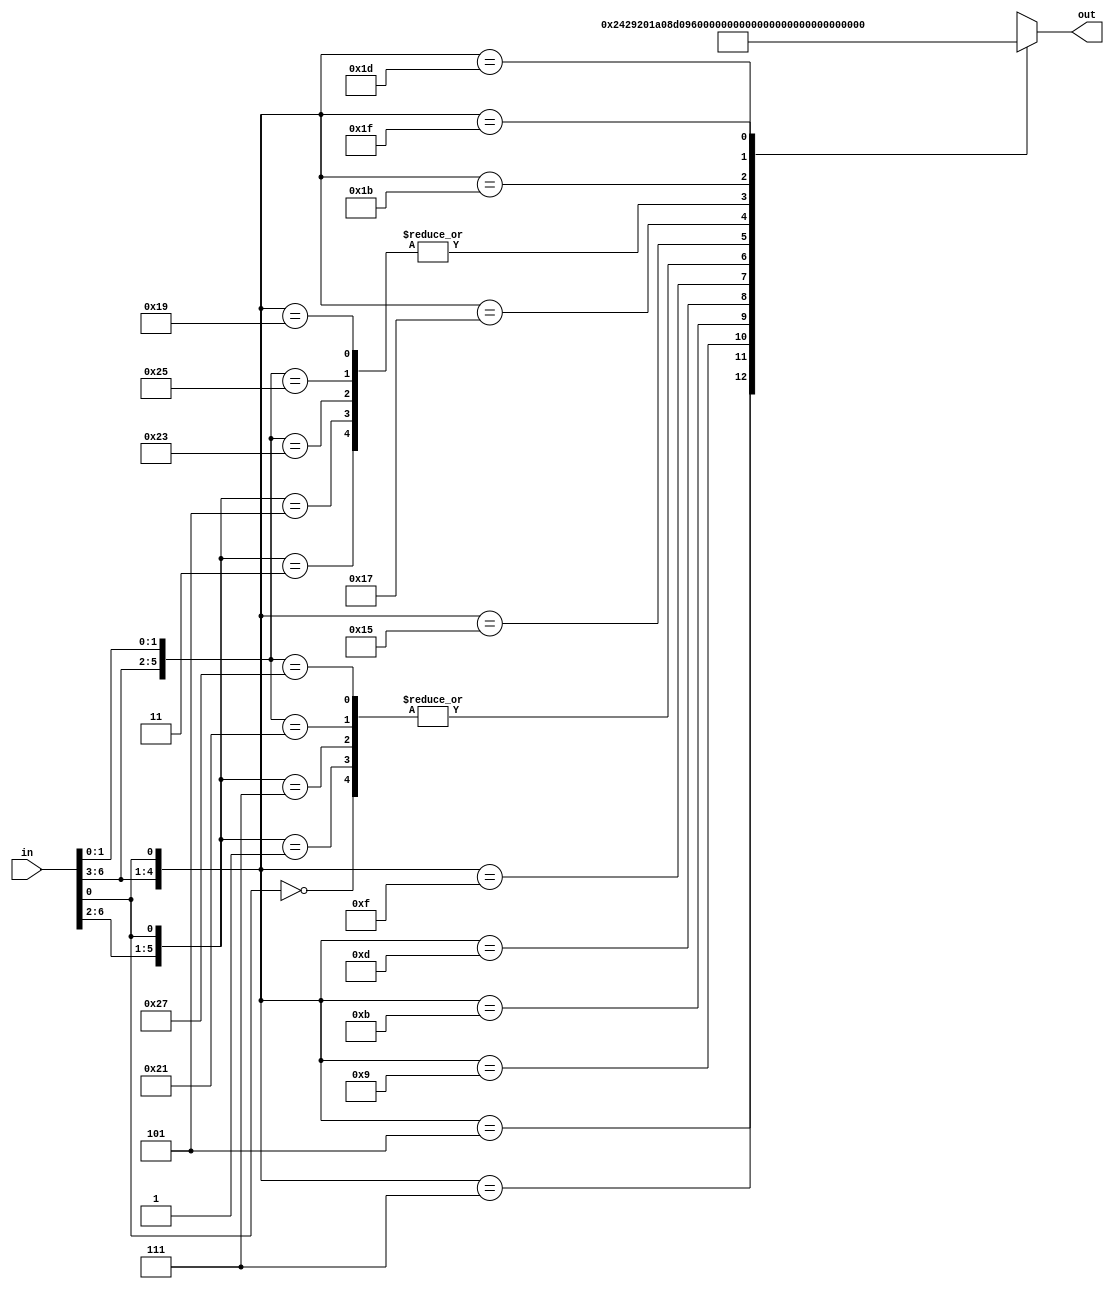
//Jos Alejandro Rodrguez Porras 19131
//Electrnica Digital 1
//Laboratorio 9
//Ejercicio 5
//Memoria ROM 
module ROM(input wire [6:0]in, output reg [12:0]out);

        always @ (*)begin
                casex (in)
                    7'bxxxxxx0: out <= 13'b1000000001000;
                    7'b00001x1: out <= 13'b0100000001000;
                    7'b00000x1: out <= 13'b1000000001000;
                    7'b00011x1: out <= 13'b1000000001000;
                    7'b00010x1: out <= 13'b0100000001000;
                    7'b0010xx1: out <= 13'b0001001000010;
                    7'b0011xx1: out <= 13'b1001001000000;
                    7'b0100xx1: out <= 13'b0011010000010;
                    7'b0101xx1: out <= 13'b0011010000100;
                    7'b0110xx1: out <= 13'b1011010100000;
                    7'b0111xx1: out <= 13'b1000000111000;
                    7'b1000x11: out <= 13'b0100000001000;
                    7'b1000x01: out <= 13'b1000000001000;
                    7'b1001x11: out <= 13'b1000000001000;
                    7'b1001x01: out <= 13'b0100000001000;
                    7'b1010xx1: out <= 13'b0011011000010;
                    7'b1011xx1: out <= 13'b1011011100000;
                    7'b1100xx1: out <= 13'b0100000001000;
                    7'b1101xx1: out <= 13'b0000000001001;
                    7'b1110xx1: out <= 13'b0011100000010;
                    7'b1111xx1: out <= 13'b1011100100000;
                endcase
        end
endmodule